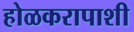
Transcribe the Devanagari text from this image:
होळकरापाशी